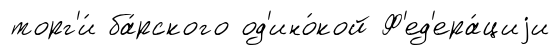
торг'и́ ба́рского од'ино́кой Ф'ед'ера́циjи